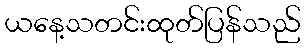
ယနေ့သတင်းထုတ်ပြန်သည်